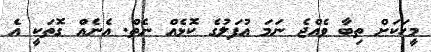
މީހަކަށް ތިބާ ވެއްޖެ ނަމަ އުފަލުގެ ކޮޅެއް ނެތް. އެނެއް ގޮތަކީ އެ